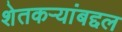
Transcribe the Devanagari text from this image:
शेतकऱ्यांबद्दल